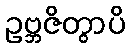
ဥဗ္ဘဇိတွာပိ